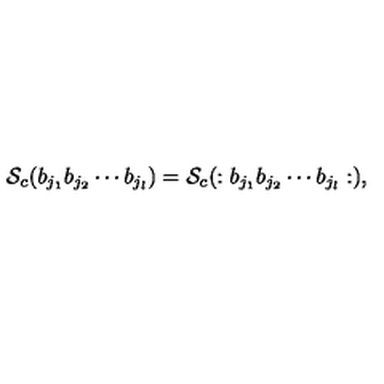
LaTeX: { \cal S } _ { c } ( b _ { j _ { 1 } } b _ { j _ { 2 } } \cdots b _ { j _ { l } } ) = { \cal S } _ { c } ( : b _ { j _ { 1 } } b _ { j _ { 2 } } \cdots b _ { j _ { l } } : ) ,